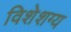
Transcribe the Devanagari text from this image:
विशेशग्य